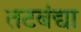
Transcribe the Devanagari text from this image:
तटबंद्या